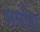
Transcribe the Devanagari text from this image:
अर्लांडा